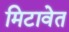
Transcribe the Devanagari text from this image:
मिटावेत